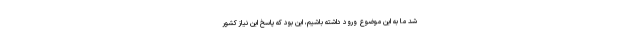
شد ما به این موضوع ورود داشته باشیم، این بود که پاسخ این نیاز کشور